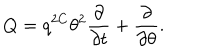
Q = q ^ { 2 C } \theta ^ { 2 } \frac { \partial } { \partial t } + \frac { \partial } { \partial \theta } .